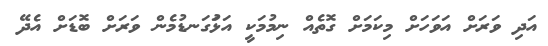
އަދި ވަރަށް އަވަހަށް މިކަމަށް ގޮތެއް ނިމުމަކީ އަޅުަގަނޑުމެން ވަރަށް ބޮޑަށް އެދޭ